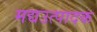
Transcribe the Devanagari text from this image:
मद्यउत्पादक